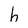
Character: h